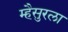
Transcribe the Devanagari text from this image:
म्हैसुरला